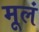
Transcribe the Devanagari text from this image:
मूलं